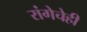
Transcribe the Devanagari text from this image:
रांगेचेही